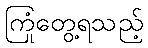
ကြုံတွေ့ရသည့်